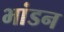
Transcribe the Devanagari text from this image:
भांडन